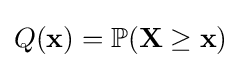
Q(\mathbf {x} )=\mathbb {P} (\mathbf {X} \geq \mathbf {x} )